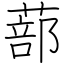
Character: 蔀